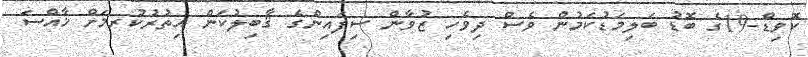
ކޮވިޑް-19ގެ ބޮޑު ބަލިމަޑުކަމުން ވެސް ދިވެހި ޒުވާން ސިފައިންގެ ޤާބިލުކަން އިތުރުކުރމަށް ޚާއްސަ